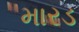
મારડ